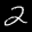
Label: 2